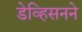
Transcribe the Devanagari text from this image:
डेव्हिसनने